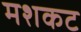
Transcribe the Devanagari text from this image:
मशकट